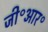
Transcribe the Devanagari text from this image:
जी॰आर॰